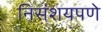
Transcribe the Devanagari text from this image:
निसंशयपणे